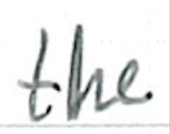
Text: the
Cross-out: clean
Writing tool: ballpoint